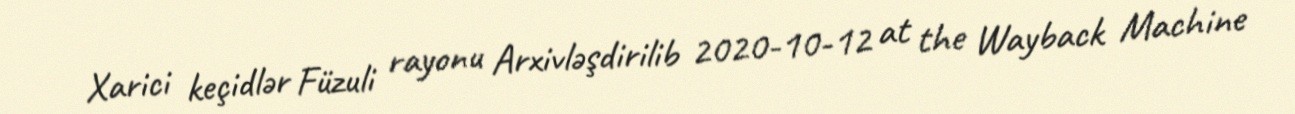
Xarici keçidlər Füzuli rayonu Arxivləşdirilib 2020-10-12 at the Wayback Machine